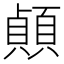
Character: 𫖣